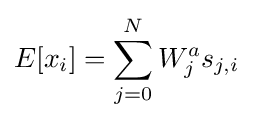
E[x_{i}]=\sum _{j=0}^{N}W_{j}^{a}s_{j,i}